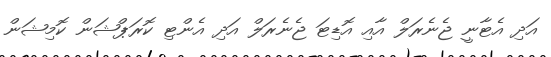
އަދި އެޓާނީ ޖެނެރަލް އާއި އޮޑިޓަ ޖެނެރަލް އަދި އެންޓި ކޮރަޕްޝަން ކޮމިޝަން